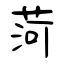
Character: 菏